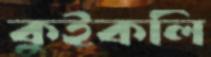
কুইকলি